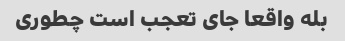
بله واقعا جای تعجب است چطوری